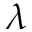
\lambda